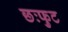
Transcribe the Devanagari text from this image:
छःफुट